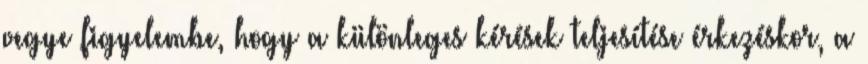
vegye figyelembe, hogy a különleges kérések teljesítése érkezéskor, a